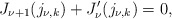
\begin{align*}{J}_{\nu+1}(j_{\nu,k})+{J}_\nu'(j_{\nu,k})=0,\end{align*}